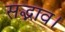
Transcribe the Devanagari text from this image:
सद्भाव।